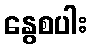
နွေစပါး